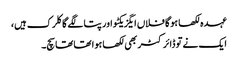
عہدہ لکھا ہوگا فلاں ایگزیکٹو اور پتا لگے گا کلرک ہیں،
ایک نے تو ڈائرکٹر بھی لکھا ہوا تھا تھا سچ۔